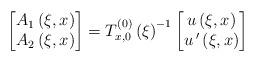
LaTeX: \begin{align*} \begin{bmatrix}A_{1}\left(\xi,x\right)\\A_{2}\left(\xi,x\right)\end{bmatrix}=T^{(0)}_{x,0}\left(\xi\right)^{-1}\begin{bmatrix}u\left(\xi,x\right)\\u\,'\left(\xi,x\right)\end{bmatrix}\end{align*}